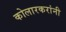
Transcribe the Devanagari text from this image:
कोलारकरांनी